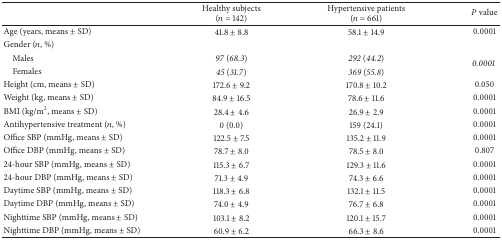
<table><thead><tr><td><b> </b></td><td><b>Healthy subjects(<i>n</i> = 142)</b></td><td><b>Hypertensive patients(<i>n</i> = 661)</b></td><td><b><i>P</i> value</b></td></tr></thead><tbody><tr><td>Age (years, means ± SD)</td><td>41.8 ± 8.8</td><td>58.1 ± 14.9</td><td>0.0001</td></tr><tr><td>Gender (<i>n</i>, %)</td><td> </td><td> </td><td> </td></tr><tr><td> Males</td><td><i>97</i> (<i>68.3</i>)</td><td><i>292</i> (<i>44.2</i>)</td><td rowspan="2"><i>0.0001 </i></td></tr><tr><td> Females</td><td><i>45</i> (<i>31.7</i>)</td><td><i>369</i> (<i>55.8</i>)</td></tr><tr><td>Height (cm, means ± SD) </td><td>172.6 ± 9.2</td><td>170.8 ± 10.2</td><td>0.050</td></tr><tr><td>Weight (kg, means ± SD)</td><td>84.9 ± 16.5</td><td>78.6 ± 11.6</td><td>0.0001</td></tr><tr><td>BMI (kg/m<sup>2</sup>, means ± SD)</td><td>28.4 ± 4.6</td><td>26.9 ± 2.9</td><td>0.0001</td></tr><tr><td>Antihypertensive treatment (<i>n</i>, %)</td><td>0 (0.0)</td><td>159 (24.1)</td><td>0.0001</td></tr><tr><td>Office SBP (mmHg, means ± SD)</td><td>122.5 ± 7.5</td><td>135.2 ± 11.9</td><td>0.0001</td></tr><tr><td>Office DBP (mmHg, means ± SD)</td><td>78.7 ± 8.0</td><td>78.5 ± 8.0</td><td>0.807</td></tr><tr><td>24-hour SBP (mmHg, means ± SD)</td><td>115.3 ± 6.7</td><td>129.3 ± 11.6</td><td>0.0001</td></tr><tr><td>24-hour DBP (mmHg, means ± SD)</td><td>71.3 ± 4.9</td><td>74.3 ± 6.6</td><td>0.0001</td></tr><tr><td>Daytime SBP (mmHg, means ± SD)</td><td>118.3 ± 6.8</td><td>132.1 ± 11.5</td><td>0.0001</td></tr><tr><td>Daytime DBP (mmHg, means ± SD)</td><td>74.0 ± 4.9</td><td>76.7 ± 6.8</td><td>0.0001</td></tr><tr><td>Nighttime SBP (mmHg, means ± SD)</td><td>103.1 ± 8.2</td><td>120.1 ± 15.7</td><td>0.0001</td></tr><tr><td>Nighttime DBP (mmHg, means ± SD)</td><td>60.9 ± 6.2</td><td>66.3 ± 8.6</td><td>0.0001</td></tr></tbody></table>